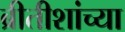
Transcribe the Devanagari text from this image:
ब्रीतीशांच्या